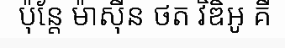
ប៉ុន្តែ ម៉ាស៊ីន ថត វិឌិអូ គឺ